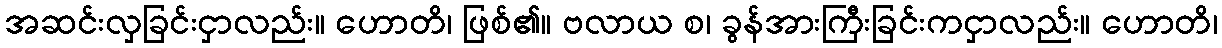
အဆင်းလှခြင်းငှာလည်း။ ဟောတိ၊ ဖြစ်၏။ ဗလာယ စ၊ ခွန်အားကြီးခြင်းကငှာလည်း။ ဟောတိ၊